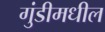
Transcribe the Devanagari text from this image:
गुंडीमधील